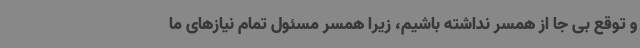
و توقع بی جا از همسر نداشته باشیم، زیرا همسر مسئول تمام نیازهای ما